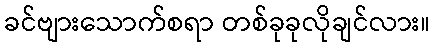
ခင်ဗျားသောက်စရာ တစ်ခုခုလိုချင်လား။